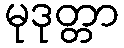
မုဒုတ္တာ